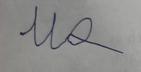
Signature authenticity: forged